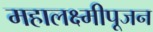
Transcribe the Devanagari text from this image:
महालक्ष्मीपूजन